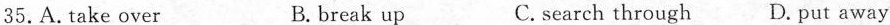
35.A. take over B. break up C. search through D.put away